Black-water fever - Number 35
Disease focus: Fever
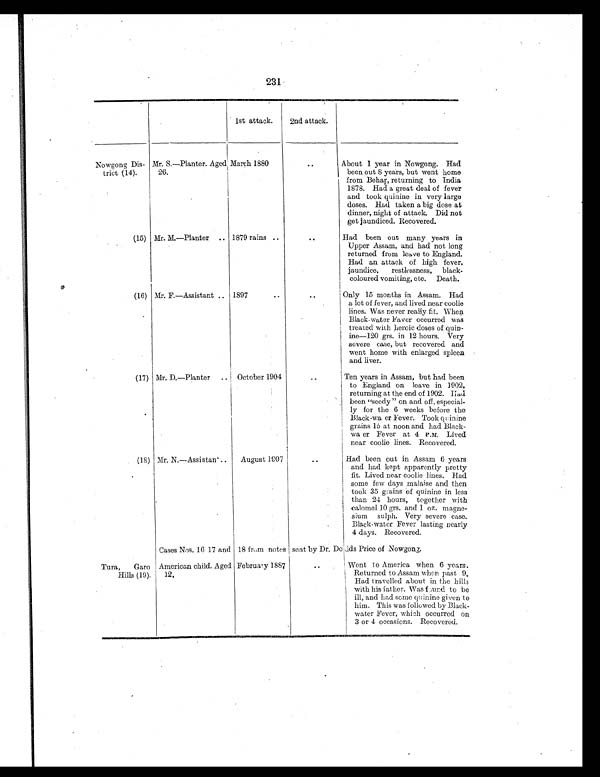
231
1st attack.
2nd attack.
Nowgong Dis-
trict (14).
Mr. S.—Planter. Aged
26.
March 1880
..
About 1 year in Nowgong. Had
been out 8 years, but went home
from Behar, returning to India
1878. Had a great deal of fever
and took quinine in very large
doses. Had taken a big dose at
dinner, night of attack. Did not
get jaundiced. Recovered.
(15) Mr. M.—Planter .. 1879 rains ..
..
Had been out many years in
Upper Assam, and had not long
returned from leave to England.
Had an attack of high fever,
jaundice, restlessness, black-
coloured vomiting, etc. Death.
(16) Mr. F.—Assistant .. 1897
..
. .
Only 15 months in Assam. Had
a lot of fever, and lived near coolie
lines. Was never really fit. When
Black-water Faver occurred was
treated with heroic doses of quin-
ine—120 grs. in 12 hours. Very
severe case, but recovered and
went home with enlarged spleen
and liver.
(17) Mr. D.—Planter .. October 1904
..
Ten years in Assam, but had been
to England on leave in 1902,
returning at the end of 1902. Had
been "seedy " on and off, especial-
ly for the 6 weeks before the
Black-water Fever. Took quinine
grains 15 at noon and had Black-
water Fever at 4 P.M. Lived
near coolie lines. Recovered.
(18) Mr. N.—Assistan ..
August 1907
..
Had been out in Assam 6 years
and had kept apparently pretty
fit. Lived near coolie lines. Had
some few days malaise and then
took 35 gains of quinine in less
than 24 hours, together with
calomel 10 grs. and 1 oz. magne-
sium sulph. Very severe case.
Black-water Fever lasting nearly
4 days. Recovered.
Cases Nos. 16 17 and 18 from notes sent by Dr. Dodds Price of Nowgong.
Tura, Garo
Hills (19).
American child. Aged
12.
February 1887
..
Went to America when 6 years.
Returned to Assam when past 9.
Had travelled about in the hills
with his father. Was found to be
ill, and had some quinine given to
him. This was followed by Black-
water Fever, which occurred on
3 or 4 occasions. Recovered.